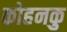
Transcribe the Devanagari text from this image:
कोहनकु